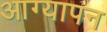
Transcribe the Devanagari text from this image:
आग्यापन